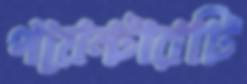
পয়েন্টারটি